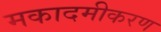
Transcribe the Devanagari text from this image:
मकादमीकरण